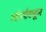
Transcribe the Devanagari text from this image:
ओशोंकडून